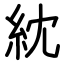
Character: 紞